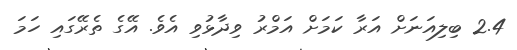
2.4 ބިލިއަނަށް އަރާ ކަމަށް އަމްރު ވިދާޅުވި އެވެ. އޭގެ ތެރޭގައި ހަމަ